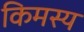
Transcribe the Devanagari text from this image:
किमस्य